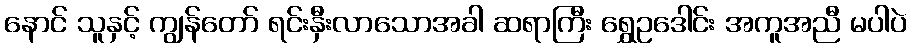
နောင် သူနှင့် ကျွန်တော် ရင်းနှီးလာသောအခါ ဆရာကြီး ရွှေဥဒေါင်း အကူအညီ မပါပဲ